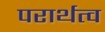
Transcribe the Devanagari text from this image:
परार्थत्व